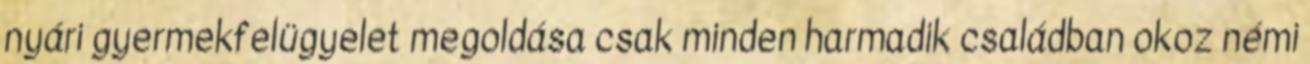
nyári gyermekfelügyelet megoldása csak minden harmadik családban okoz némi